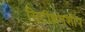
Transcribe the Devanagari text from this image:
सिटीझनशीप